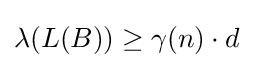
\lambda (L(B))\geq \gamma (n)\cdot d